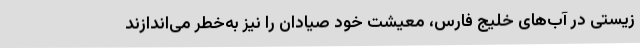
زیستی در آب‌های خلیج فارس، معیشت خود صیادان را نیز به‌خطر می‌اندازند